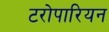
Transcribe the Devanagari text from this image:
टरोपारियन